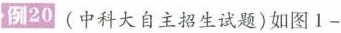
例20(中科大自主招生试题)如图1-